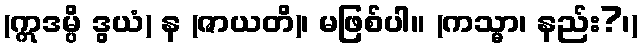
(ဣဒမ္ပိ ဒွယံ) န (ဇာယတိ)၊ မဖြစ်ပါ။ (ကသ္မာ၊ နည်း?၊)